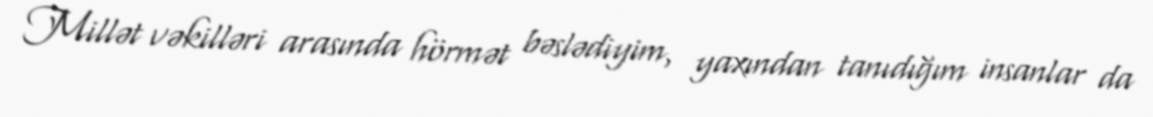
Millət vəkilləri arasında hörmət bəslədiyim, yaxından tanıdığım insanlar da